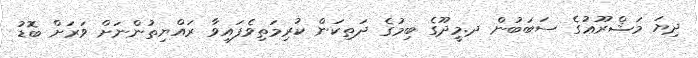
ދިޔަ މަޝްރޫޢުގެ ސަބަބުން ދ.މީދޫގެ ބިމުގެ ދަތިކަން ކުރިމަތިވެފައިވާ ރައްޔިތުންނަށް ވަރަށް ބޮޑު